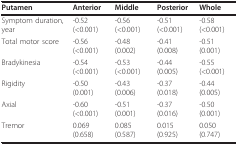
<table><thead><tr><td><b>Putamen</b></td><td><b>Anterior</b></td><td><b>Middle</b></td><td><b>Posterior</b></td><td><b>Whole</b></td></tr></thead><tbody><tr><td>Symptom duration, year</td><td>-0.52 (&lt;0.001)</td><td>-0.56 (&lt;0.001)</td><td>-0.51 (&lt;0.001)</td><td>-0.58(&lt;0.001)</td></tr><tr><td>Total motor score</td><td>-0.56 (&lt;0.001)</td><td>-0.48 (0.002)</td><td>-0.41 (0.008)</td><td>-0.51 (0.001)</td></tr><tr><td>Bradykinesia</td><td>-0.54 (&lt;0.001)</td><td>-0.53 (&lt;0.001)</td><td>-0.44(0.005)</td><td>-0.55 (&lt;0.001)</td></tr><tr><td>Rigidity</td><td>-0.50 (0.001)</td><td>-0.43 (0.006)</td><td>-0.37 (0.018)</td><td>-0.44 (0.005)</td></tr><tr><td>Axial</td><td>-0.60 (&lt;0.001)</td><td>-0.51 (0.001)</td><td>-0.37 (0.016)</td><td>-0.50 (0.001)</td></tr><tr><td>Tremor</td><td>0.069 (0.658)</td><td>0.085 (0.587)</td><td>0.015 (0.925)</td><td>0.050 (0.747)</td></tr></tbody></table>